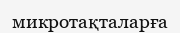
микротақталарға